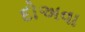
દોઅવા